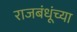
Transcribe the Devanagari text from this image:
राजबंधूंच्या